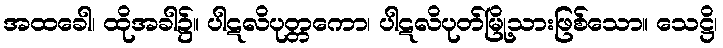
အထခေါ၊ ထိုအခါ၌။ ပါဋလိပုတ္တကော၊ ပါဋလိပုတ်မြို့သားဖြစ်သော။ သေဋ္ဌိ၊